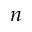
n